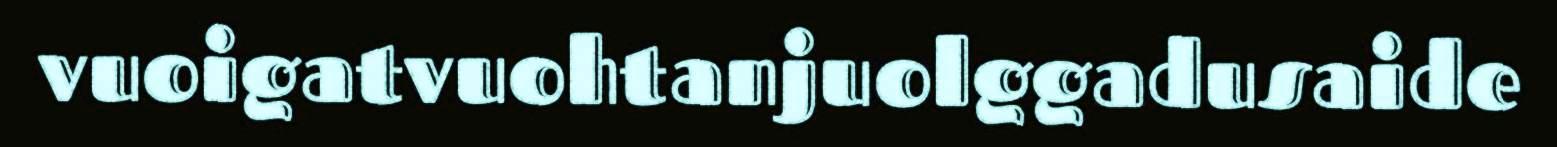
vuoigatvuohtanjuolggadusaide